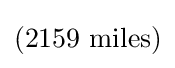
(2159{\text{ miles}})